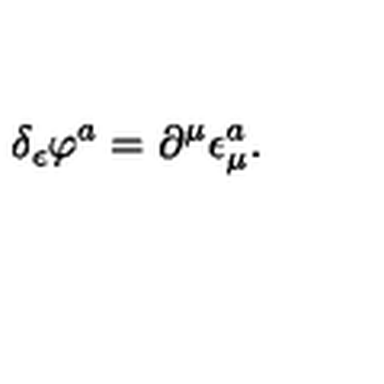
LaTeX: \delta _ { \epsilon } \varphi ^ { a } = \partial ^ { \mu } \epsilon _ { \mu } ^ { a } .